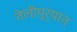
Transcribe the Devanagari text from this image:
तेलीपुर्‍यात